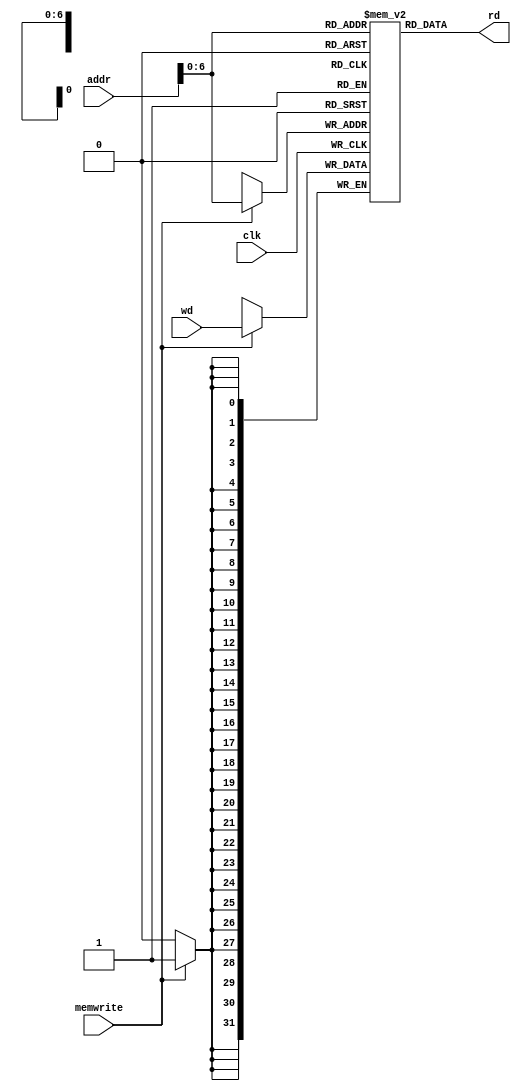
`timescale 1ns / 1ps
//////////////////////////////////////////////////////////////////////////////////
// Company: 
// Engineer: 
// 
// Design Name: 
// Module Name: dm
// Project Name: 
// Target Devices: 
// Tool Versions: 
// Description: 
// 
// Dependencies: 
// 
// Revision:
// Revision 0.01 - File Created
// Additional Comments:
// 
//////////////////////////////////////////////////////////////////////////////////



module DM(input clk, input memwrite, input [31:0] addr, input [31:0] wd, output [31:0] rd);
    reg [31:0] internal_mem [0:99];
    parameter ERR_CODE = 32'hDEAD;

    integer i;
    initial begin
        for (i = 0; i < 100; i = i + 1) begin
            internal_mem[i] = 0;
        end
    end

    always @(posedge clk) begin
        if (memwrite) begin
            internal_mem[addr] <= wd;
        end
    end

        assign  rd = internal_mem[addr];
 
endmodule